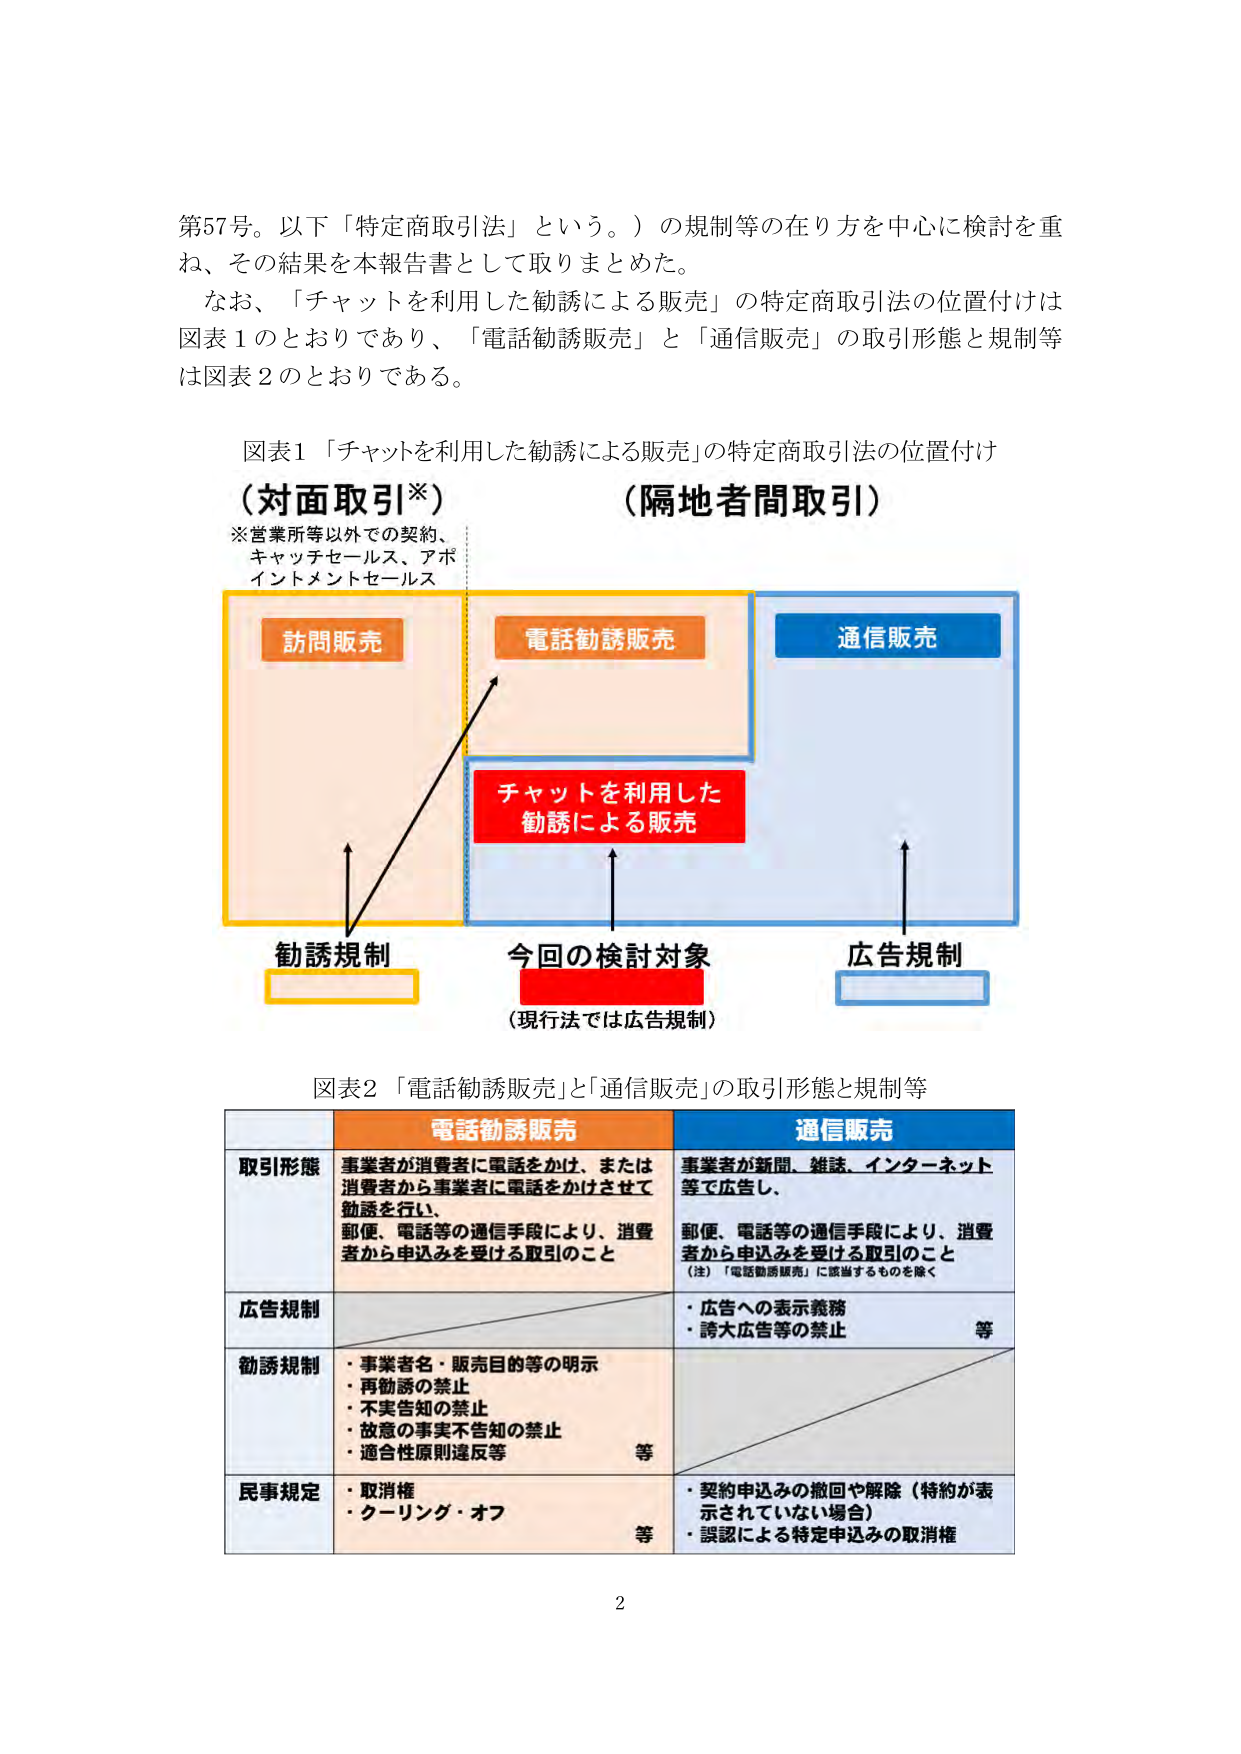
第57号。以下「特定商取引法」という。）の規制等の在り方を中心に検討を重ね、その結果を本報告書として取りまとめた。

なお、「チャットを利用した勧誘による販売」の特定商取引法の位置付けは図表1のとおりであり、「電話勧誘販売」と「通信販売」の取引形態と規制等は図表2のとおりである。

図表1 「チャットを利用した勧誘による販売」の特定商取引法の位置付け

（対面取引※）
※営業所等以外での契約、
キャッチセールス、アポイントメントセールス

（隔地者間取引）

訪問販売
電話勧誘販売
通信販売

チャットを利用した
勧誘による販売

勧誘規制
今回の検討対象
（現行法では広告規制）
広告規制

図表2 「電話勧誘販売」と「通信販売」の取引形態と規制等

電話勧誘販売
通信販売

取引形態
事業者が消費者に電話をかけ、または消費者から事業者に電話をかけさせて勧誘を行い、
郵便、電話等の通信手段により、消費者から申込みを受ける取引のこと

事業者が新聞、雑誌、インターネット等で広告し、
郵便、電話等の通信手段により、消費者から申込みを受ける取引のこと
（注）「電話勧誘販売」に該当するものを除く

広告規制
・広告への表示義務
・誇大広告等の禁止
等

勧誘規制
・事業者名・販売目的等の明示
・再勧誘の禁止
・不実告知の禁止
・故意の事実不告知の禁止
・適合性原則違反等
等

民事規定
・取消権
・クーリング・オフ
等
・契約申込みの撤回や解除（特約が表示されていない場合）
・誤認による特定申込みの取消権

2